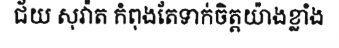
ជ័យ សុវ៉ាត កំពុងតែទាក់ចិត្តយ៉ាងខ្លាំង